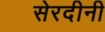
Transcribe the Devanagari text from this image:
सेरदीनी